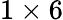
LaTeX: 1\times 6